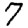
Digit: 7